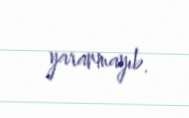
yaranmayıb.